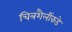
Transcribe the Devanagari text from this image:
चित्रशैलींकडे